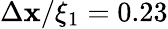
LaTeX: \Delta\mathbf{x}/\xi_{1}=0.23